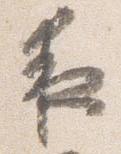
夜